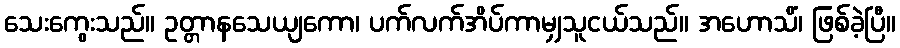
သေးကွေးသည်။ ဥတ္တာနသေယျကော၊ ပက်လက်အိပ်ကာမျှသူငယ်သည်။ အဟောသိံ၊ ဖြစ်ခဲ့ပြီ။